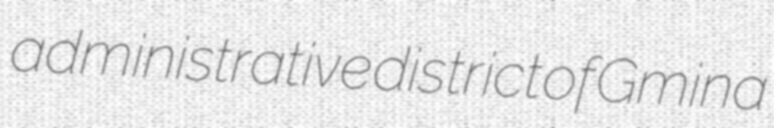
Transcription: administrative district of Gmina